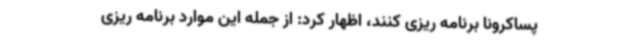
پساکرونا برنامه ریزی کنند، اظهار کرد: از جمله این موارد برنامه ریزی